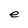
Character: e